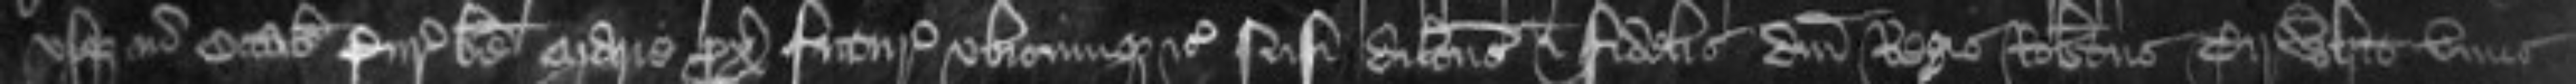
usque in Octabis Purificationis beate Marie proxime futuris ubicumque etc Nisi dilectus et fidelis domini Regis Robertus Tirwhit unus